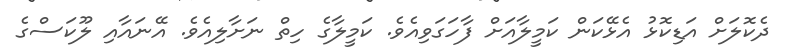
ދެކޮލަށް އަޑިކޮޅު އެޅޭކަން ކަމީލާއަށް ފާހަގަވިއެވެ. ކަމީލާގެ ހިތް ނަށާލިއެވެ. އޭނައާއި ލޫކަސްގެ